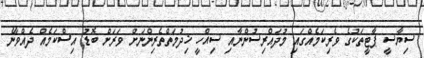
ސިޔާސީ ޕާޓީތަކުގެ ވެރިކަމެއްގައި މުދައްރިސުންނާއި ސިއްހީ ޚިދުމަތްތެރިންނަށް ވަރަށް ބޮޑު އިސްކަމެއް ދެއްވާނެ